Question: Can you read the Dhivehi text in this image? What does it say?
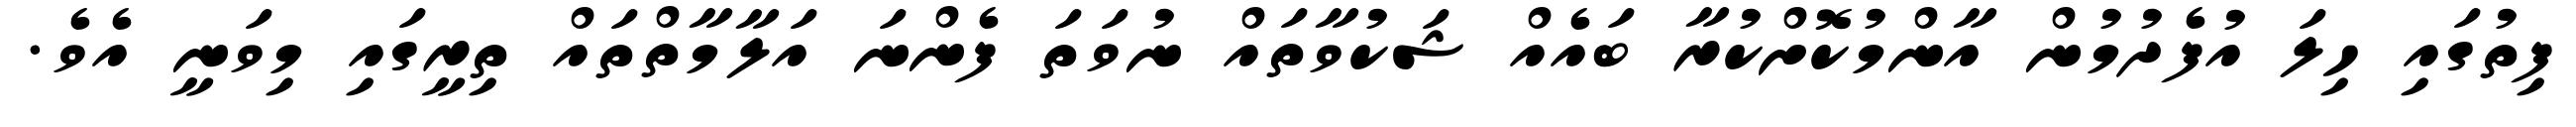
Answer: ފިތުގައި ހިލަ އުފެދުމުން އާންމުކޮށްކުރާ ބައެއް ޝަކުވާތައް ނުވަތަ ފެންނަ އަލާމާތްތައް ތިރީގައި މިވަނީ އެވެ.